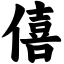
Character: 僖